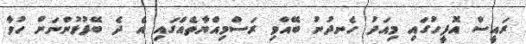
ރައީސް އޮފީހުގައި މިއަދު ހެނދުނު ބޭއްވި ރަސްމިއްޔާތެއްގައި އެ ދެ ބޭފުޅުންނަށް ހުވާ